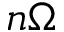
n \Omega